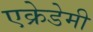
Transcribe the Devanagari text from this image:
एक्रेडेमी